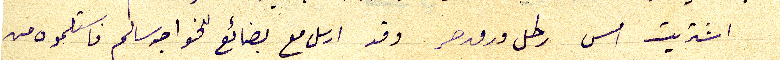
اشتريت امس رطل ورق حر وقد ارسل مع بضائع للخواجه سالم فاستلموه من